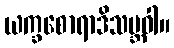
ယက္ခစောရာဒိသမ္ဘဝါ။